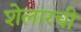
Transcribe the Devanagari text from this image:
शेलारची